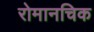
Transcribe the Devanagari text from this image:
रोमानचिक